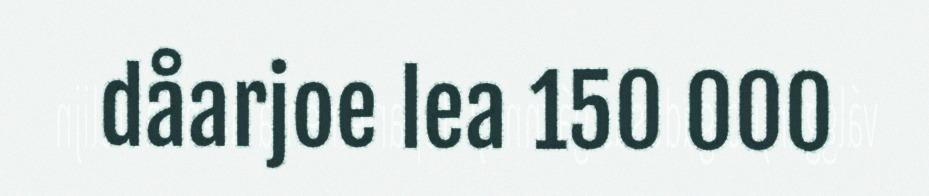
dåarjoe lea 150 000